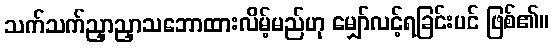
သက်သက်ညှာညှာသဘောထားလိမ့်မည်ဟု မျှော်လင့်ရခြင်းပင် ဖြစ်၏။